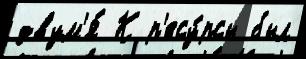
двум'я́ К р'есу́рсы был